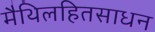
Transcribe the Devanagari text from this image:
मैथिलहितसाधन